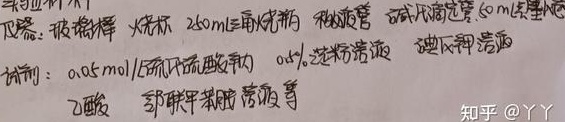
仪器：玻璃棒、烧杯、250mL三角烧瓶、移液管、碱式滴定管（50mL）、酸式滴定管
试剂：\(0.05\mathrm{mol/L}\)硫代硫酸钠溶液、\(0.5\%\)淀粉溶液、碘 - 碘化钾溶液、乙酸、邻联甲苯胺溶液等
知乎@YY